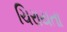
ચિરાયતા